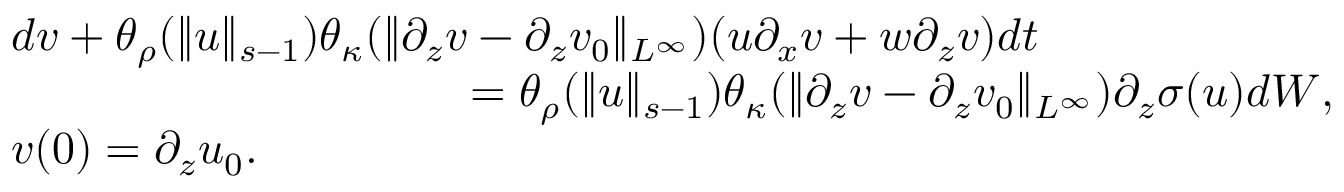
\begin{array} { r l } & { d v + \theta _ { \rho } ( \| u \| _ { s - 1 } ) \theta _ { \kappa } ( \| \partial _ { z } v - \partial _ { z } v _ { 0 } \| _ { L ^ { \infty } } ) ( u \partial _ { x } v + w \partial _ { z } v ) d t } \\ & { \qquad \qquad \qquad \qquad \qquad = \theta _ { \rho } ( \| u \| _ { s - 1 } ) \theta _ { \kappa } ( \| \partial _ { z } v - \partial _ { z } v _ { 0 } \| _ { L ^ { \infty } } ) \partial _ { z } \sigma ( u ) d W , } \\ & { v ( 0 ) = \partial _ { z } u _ { 0 } . } \end{array}